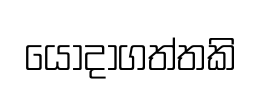
යොදාගත්තකි